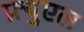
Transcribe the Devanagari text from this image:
फ़्युएल